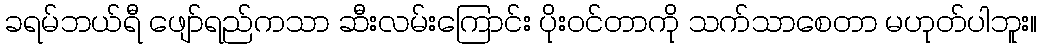
ခရမ်ဘယ်ရီ ဖျော်ရည်ကသာ ဆီးလမ်းကြောင်း ပိုးဝင်တာကို သက်သာစေတာ မဟုတ်ပါဘူး။